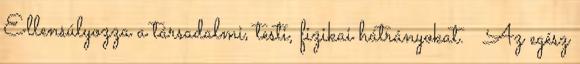
Ellensúlyozza a társadalmi, testi, fizikai hátrányokat.  Az egész